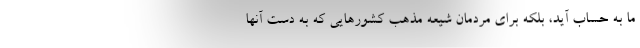
ما به حساب آید، بلکه برای مردمان شیعه مذهب کشورهایی که به دست آنها